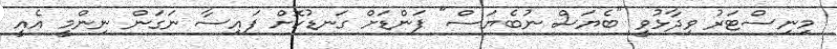
މިނިސްޓަރު ވިދާޅުވީ "ބެޔަސް ނުބެޔަސް" ފަންޑަށް ގަނޑުކޮށް ފައިސާ ނަގަން ނިންމީ އެއީ